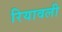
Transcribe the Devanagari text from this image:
रियावली